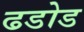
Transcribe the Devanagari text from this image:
ढडोड